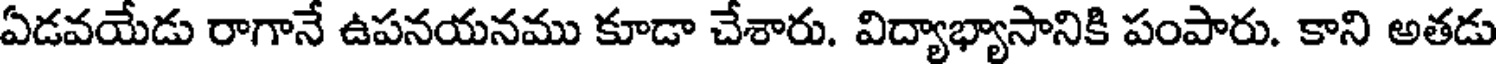
ఏడవయేడు రాగానే ఉపనయనము కూడా చేశారు. విద్యాభ్యాసానికి పంపారు. కాని అతడు